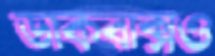
ডাকবাক্সও